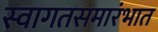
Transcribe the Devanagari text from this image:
स्वागतसमारंभात